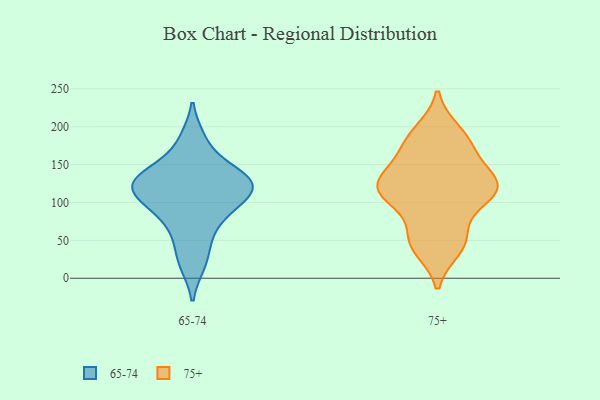
{"axis": {"x": "Market Share (%)", "y": "Value"}, "legend": ["65-74", "75+"], "data": [{"x": "", "y": 131, "type": "65-74"}, {"x": "", "y": 118, "type": "65-74"}, {"x": "", "y": 48, "type": "65-74"}, {"x": "", "y": 121, "type": "65-74"}, {"x": "", "y": 87, "type": "65-74"}, {"x": "", "y": 18, "type": "65-74"}, {"x": "", "y": 118, "type": "65-74"}, {"x": "", "y": 184, "type": "65-74"}, {"x": "", "y": 136, "type": "65-74"}, {"x": "", "y": 148, "type": "65-74"}, {"x": "", "y": 81, "type": "65-74"}, {"x": "", "y": 108, "type": "65-74"}, {"x": "", "y": 59, "type": "75+"}, {"x": "", "y": 115, "type": "75+"}, {"x": "", "y": 181, "type": "75+"}, {"x": "", "y": 110, "type": "75+"}, {"x": "", "y": 194, "type": "75+"}, {"x": "", "y": 48, "type": "75+"}, {"x": "", "y": 107, "type": "75+"}, {"x": "", "y": 133, "type": "75+"}, {"x": "", "y": 112, "type": "75+"}, {"x": "", "y": 127, "type": "75+"}, {"x": "", "y": 39, "type": "75+"}, {"x": "", "y": 144, "type": "75+"}, {"x": "", "y": 171, "type": "75+"}]}